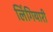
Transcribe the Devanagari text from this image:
लिंगियारी